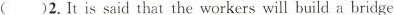
()2.It is said that the workers will build a bridge